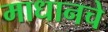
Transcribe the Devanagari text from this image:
माधानचे